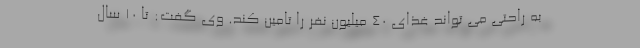
به راحتی می تواند غذای ۴۰ میلیون نفر را تامین کند. وی گفت: تا ۱۰ سال